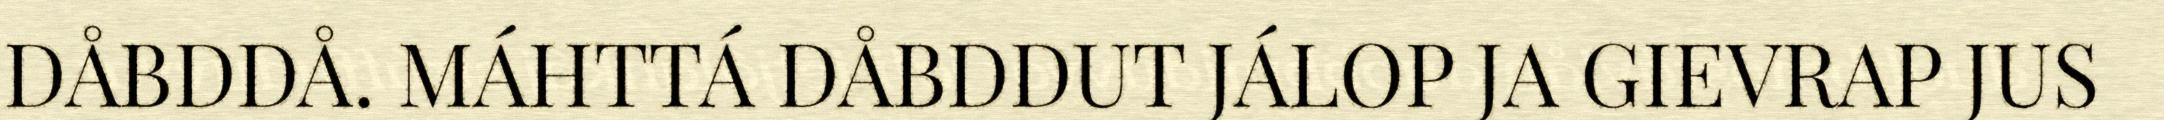
DÅBDDÅ. MÁHTTÁ DÅBDDUT JÁLOP JA GIEVRAP JUS